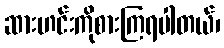
ဆားဟင်းကိုစားကြရပါတယ်၊